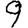
Digit: 9